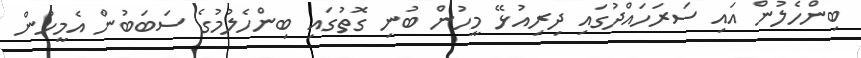
ބިންހެލުން އައި ސަރަހައްދުގައި ދިރިއުޅޭ މީހުން ބުނި ގޮތުގައި ބިންހެލުމުގެ ސަބަބުން އެމީހުން